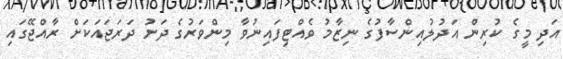
އަދި މީގެ ކުރިން އަދުލުއިންސާފުގެ ނިޒާމު ވެއްޓިފައިނުވާ މިންވަރުގެ ދަށު ދަރަޖައަކަށް ރާއްޖޭގައި